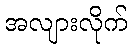
အလျားလိုက်